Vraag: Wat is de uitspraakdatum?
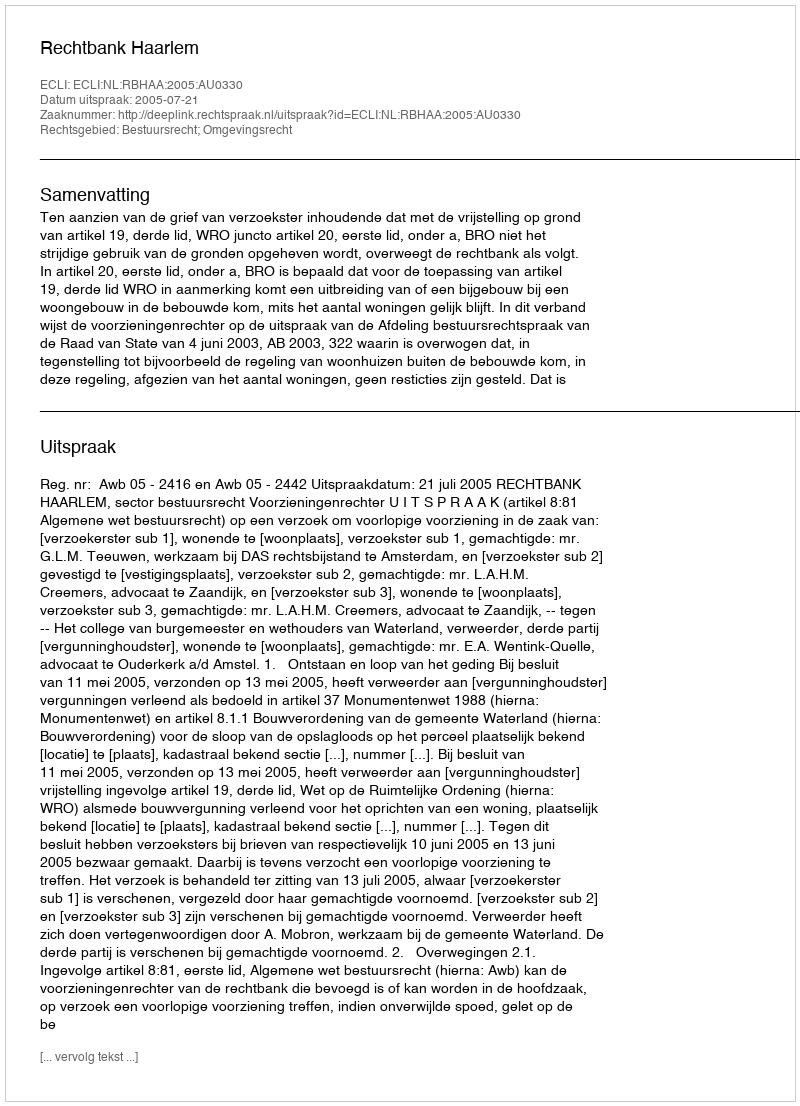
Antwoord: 2005-07-21